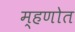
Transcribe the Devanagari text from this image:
म्हणोत